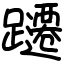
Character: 躚